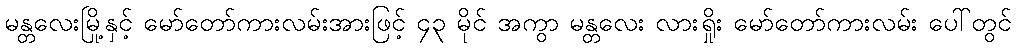
မန္တလေးမြို့နှင့် မော်တော်ကားလမ်းအားဖြင့် ၄၃ မိုင် အကွာ မန္တလေး လားရှိုး မော်တော်ကားလမ်း ပေါ်တွင်